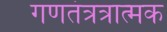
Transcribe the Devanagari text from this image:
गणतंत्रत्रात्मक